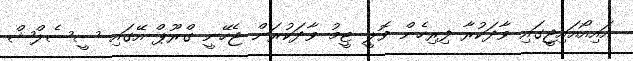
އައިއޯއައިޖީގައި ވާދަކުރާ ފިރިހެން ވޮލީ ޓީމު ވާދަކުރަން ޖެހޭނީ ގްރޫޕް އޭގައި ސީސެލްޝް